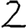
Digit: 2